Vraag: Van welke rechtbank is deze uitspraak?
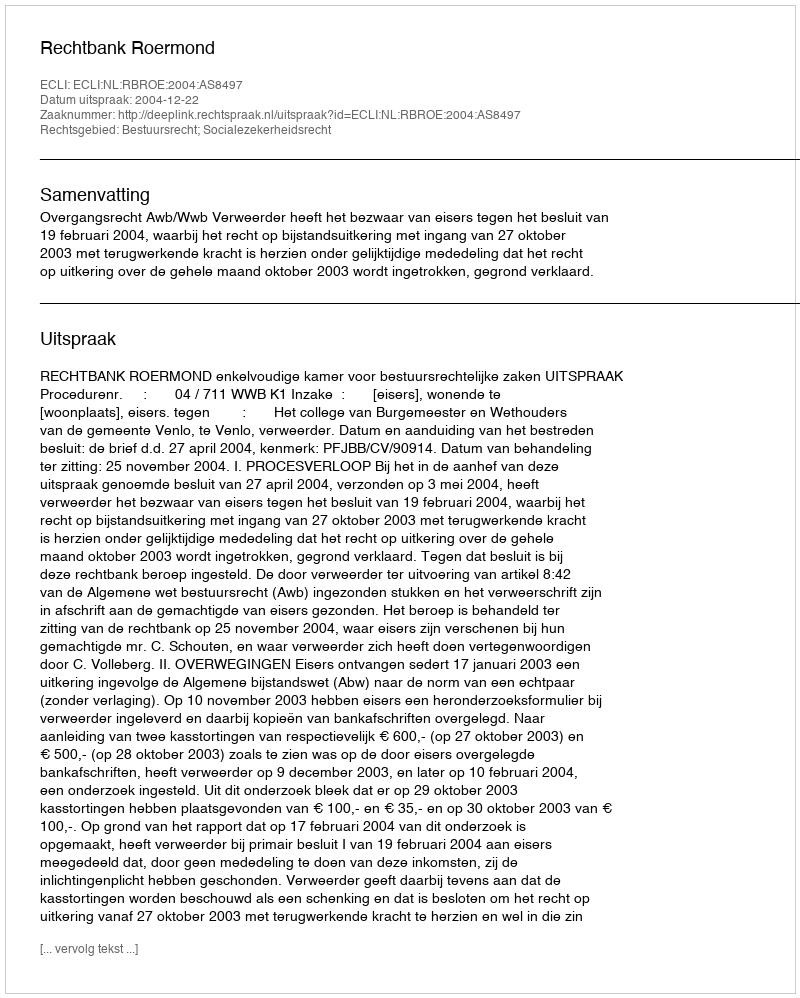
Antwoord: Rechtbank Roermond